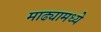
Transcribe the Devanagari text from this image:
माढ्यामध्ये